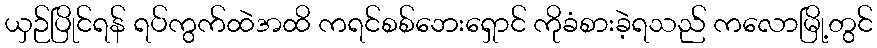
ယှဉ်ပြိုင်ရန် ရပ်ကွက်ထဲအထိ ကရင်စစ်ဘေးရှောင် ကိုခံစားခဲ့ရသည် ကလောမြို့တွင်